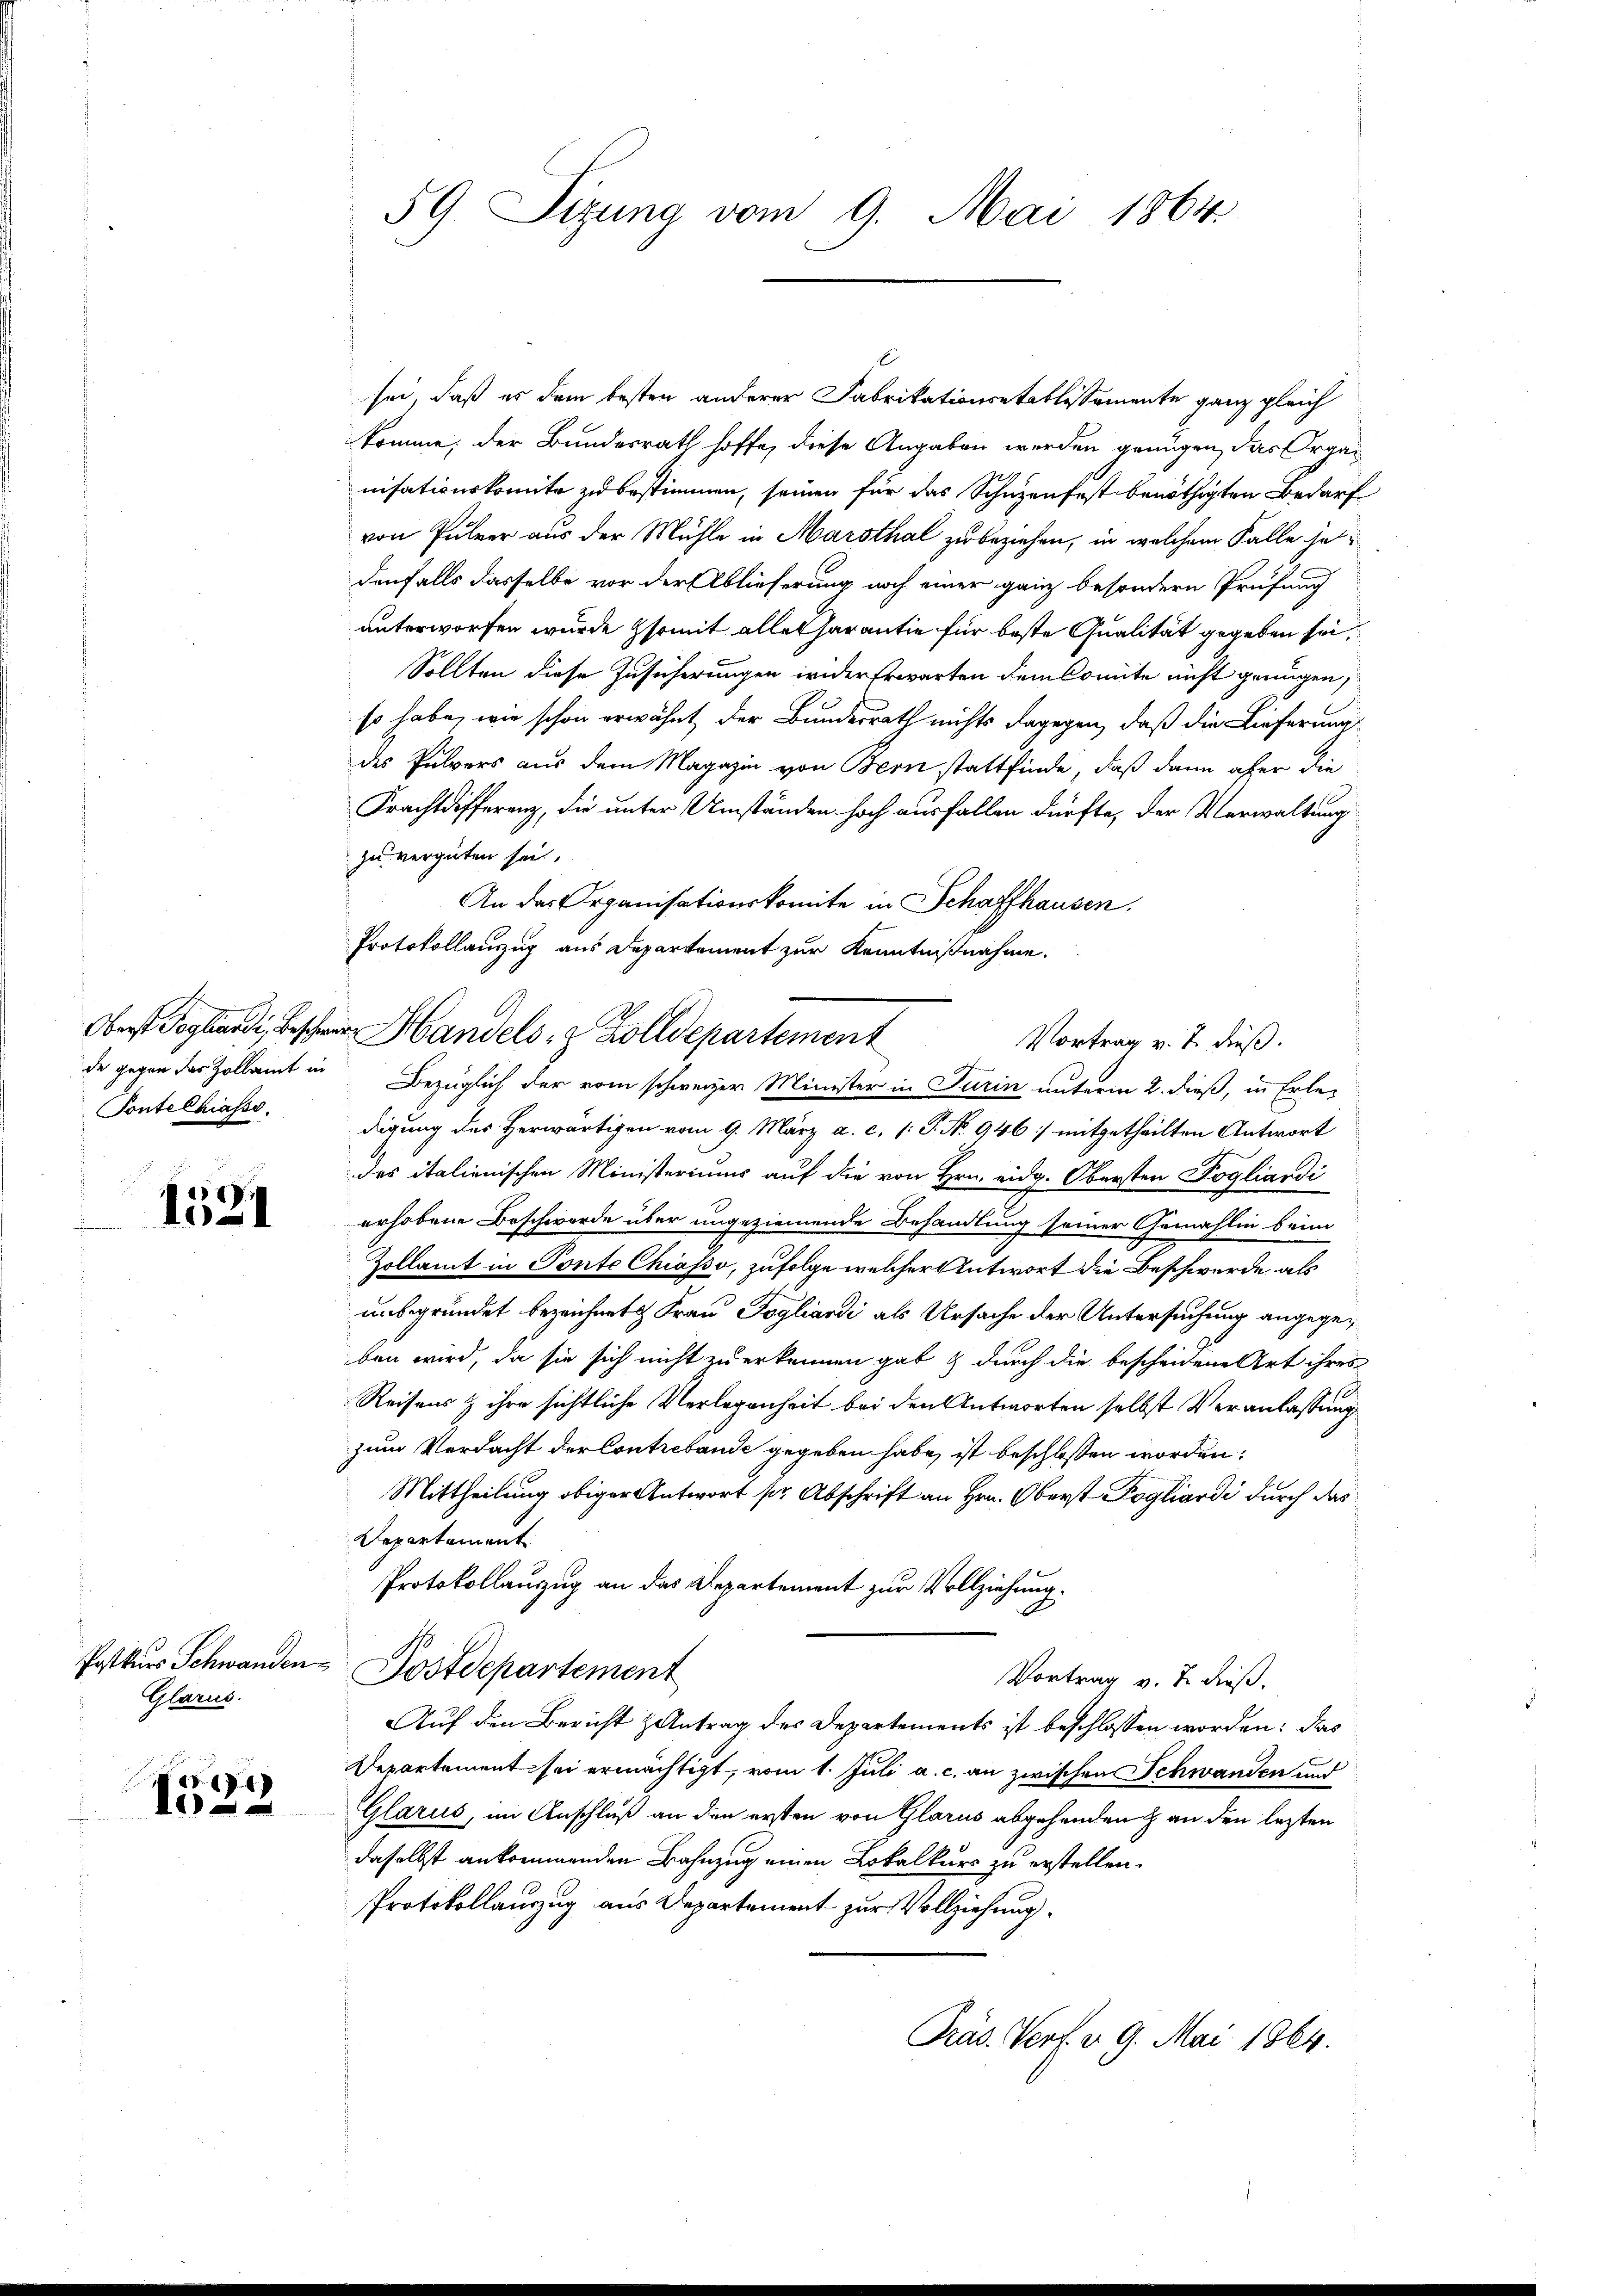
Pontelhiasse.

)
1021

Postkurs Schwanden
Glarus.

ere
l

sei, daß es dem besten anderer Fabrikationsstablissemente ganz gleich
komme, der Bundesrath hoffe, diese Angaben werden genügen, das Organ
nisationskomite zu bestimmen, seinen für das Schuzenfest benöthigten Bedarf
von Pulver aus der Mühle in Marsthal zu beziehen, in welchem Falle jet
denfalls dasselbe vor der Ablieferung noch einer ganz besondern Prüfung
unterworfen wurde somit alles Garantie für beste Qualität gegeben sei
Sollten diese Zusicherungen wider Erwarten dem Comite nicht genügen,
so habe, wie schon erwähnt der Bundesrath nichts dagegen, daß die Lieferung
des Pulvers aus dem Magazin von Bern stattfinde, daß dann aber die
Frachtdifferenz, die unter Umständen hoch ausfallen dürfte, der Verwaltung
zu vergüten sei.
An das Organisationskomite in Schaffhausen.
Protokollanzug aus Departement zur Kenntnißnahme.
Oberst Pogliardi, Besche Handels- & Zolldepartement
de gegen der Zollamt in Bezüglich der vom schweizer Minister in Turin unterm 2. dieß, in Erledigung des Herwärtigen vom 9. März a. c. (: P. No. 946 mitgetheilten Antwort
des italienischen Ministeriums auf die von Hrn. eidg. Obersten Pogliardi
erhobene Beschwerde über ungeziemende Behandlung seiner Gemahlin beim
Zollamt in Ponte Chiasso, zufolge welcher Antwort die Beschwerde als
unbegründet bezeichnete Frau Pogliandi als Ursache der Untersuchung angegeben wird, da sie sich nicht zu erkennen gab & durch die bescheidene Art ihres
Reisens & ihre sichtliche Verlegenheit bei den Antworten selbst Veranlassung
zum Verdacht der Contrebande gegeben habe ist beschlossen worden;
Mittheilung obiger Antwort pr Abschrift an Hrn. Oberst Pogliardi durch das
Departement
Protokollauszug an das Departement zur Vollziehung.
Postdepartement
Vortrag v. J. dieß.
Auf den Bericht antrag des Departements ist beschlossen worden: das
Departement sei ermächtigt, vom 1. Juli a. c. an zwischen Schwanden und
Glarus, im Anschluß an den ersten von Glarus abgehenden & an den letzten
daselbst ankommenden Bahnzug einen Lokalkurs zu erstellen.
Protokollauzug aus Departement zur Vollziehung.
Präs. Verf. v. 9. Mai 1864.

59. Sizung vom 9. Mai 1864

Vortrag v. J. dieß.